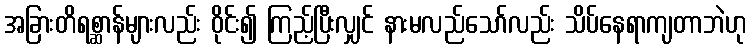
အခြားတိရစ္ဆာန်များလည်း ဝိုင်း၍ ကြည့်ပြီးလျှင် နားမလည်သော်လည်း သိပ်နေရာကျတာဘဲဟု